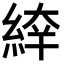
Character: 𦁑